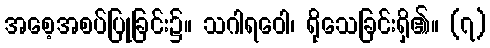
အစေ့အစပ်ပြုခြင်း၌။ သဂါရဝေါ၊ ရိုသေခြင်းရှိ၏။ (၇)